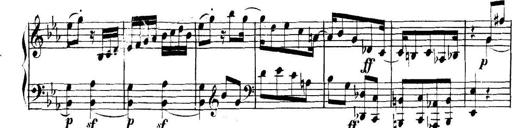
Title: Collected Piano Sonatas
Composer: Muzio Clementi